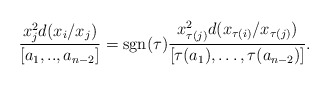
\begin{align*}\frac{x_j^2 d(x_i/x_j)}{[a_1,..,a_{n-2}]}=\mathrm{sgn}(\tau)\frac{x_{\tau(j)}^2 d(x_{\tau(i)}/x_{\tau (j)}) }{[\tau(a_1),\ldots,\tau(a_{n-2})]}.\end{align*}